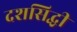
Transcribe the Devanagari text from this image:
दशसिद्धी